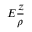
E { \frac { z } { \rho } }